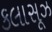
કલાસૂઝ